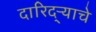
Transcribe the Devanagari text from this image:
दारिद्‌ऱ्याचे